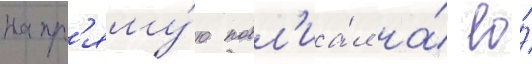
напр'яму́ю повл'иа́л на́ ео́